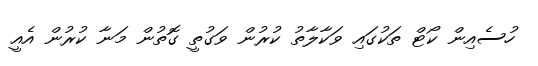
ހުސެއިން ކޯޓް ތަކުގައި ވަކާލާތު ކުރުން ވަގުތީ ގޮތުން މަނާ ކުރުން އެއީ